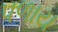
પળાય